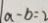
a - b = 2